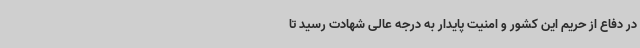
در دفاع از حریم این کشور و امنیت پایدار به درجه عالی شهادت رسید تا